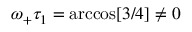
\omega _ { + } \tau _ { 1 } = \operatorname { a r c c o s } [ 3 / 4 ] \neq 0